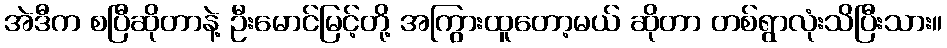
အဲဒီက စပြီဆိုတာနဲ့ ဦးမောင်မြင့်တို့ အကြွားထူတော့မယ် ဆိုတာ တစ်ရွာလုံးသိပြီးသား။